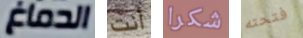
الدماغ أنت شكرا فتحته